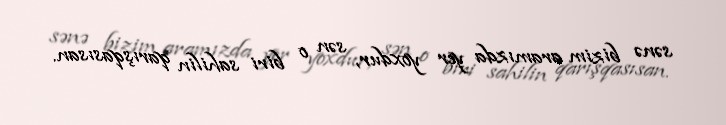
sənə bizim aramızda yer yoxdur, sən o biri sahilin qarışqasısan.